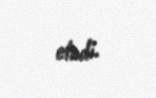
elədi.